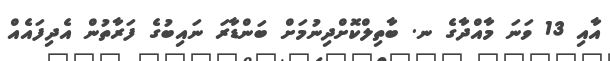
އާއި 13 ވަނަ މާއްދާގެ ނ. ބާތިލްކޮށްދިނުމަށް ބަންޑާރަ ނައިބުގެ ފަރާތުން އެދިފައެއް